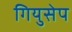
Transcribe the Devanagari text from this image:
गियुसेप